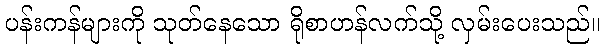
ပန်းကန်များကို သုတ်နေသော ရိုစာဟန်လက်သို့ လှမ်းပေးသည်။